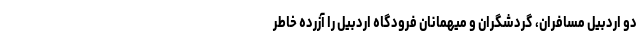
دو اردبیل مسافران، گردشگران و میهمانان فرودگاه اردبیل را آزرده خاطر